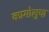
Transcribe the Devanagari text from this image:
कामोलुपा